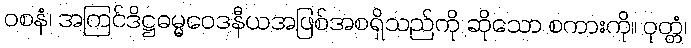
ဝစနံ၊ အကြင်ဒိဋ္ဌဓမ္မဝေဒနီယအဖြစ်အစရှိသည်ကို ဆိုသော စကားကို။ ဝုတ္တံ၊